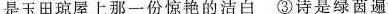
是玉田琼屋上那一份惊艳的洁白③诗是绿茵遍